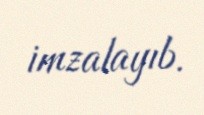
imzalayıb.